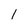
Character: l